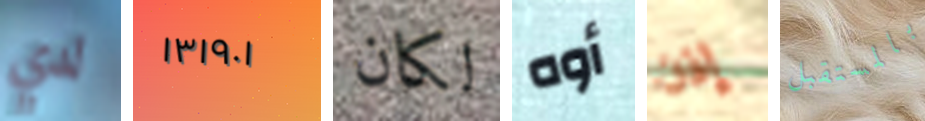
لدي ١٣١٩٠١ لكان أوه إذن بالمستقبل